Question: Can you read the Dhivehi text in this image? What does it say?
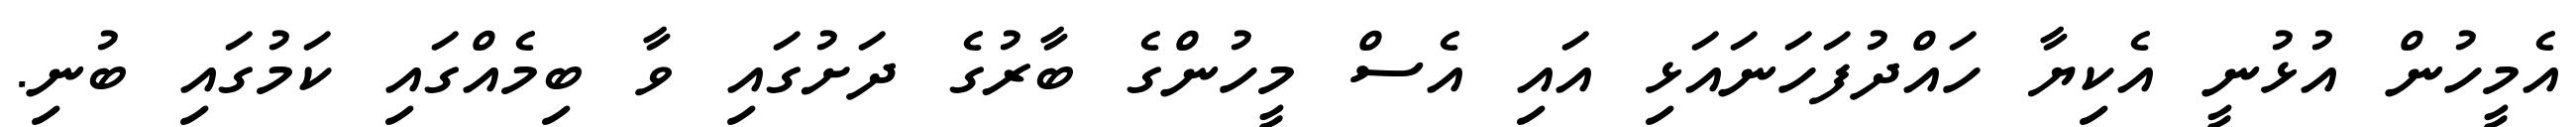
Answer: އެމީހުން އުޅުނީ އެކިޔާ ހައްދުފަހަނައަޅި އައި އެސް މީހުންގެ ބާރުގެ ދަށުގައި ވާ ބިމެއްގައި ކަމުގައި ބުނި.